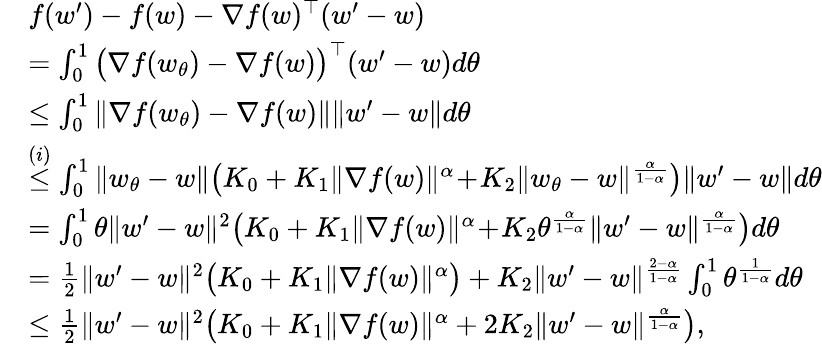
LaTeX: \begin{array}{rl}&{f(w^{\prime})-f(w)-\nabla f(w)^{\top}(w^{\prime}-w)}\\ &{=\int_{0}^{1}\big(\nabla f(w_{\theta})-\nabla f(w)\big)^{\top}(w^{\prime}-w)d\theta}\\ &{\le\int_{0}^{1}\| \nabla f(w_{\theta})-\nabla f(w)\| \| w^{\prime}-w\| d\theta}\\ &{\overset{(i)}{\le}\int_{0}^{1}\| w_{\theta}-w\| \big(K_{0}+K_{1}\| \nabla f(w)\| ^{\alpha}\! +\! K_{2}\| w_{\theta}-w\| ^{\frac{\alpha}{1-\alpha}}\big)\| w^{\prime}-w\| d\theta}\\ &{=\int_{0}^{1}\theta\| w^{\prime}-w\| ^{2}\big(K_{0}+K_{1}\| \nabla f(w)\| ^{\alpha}\! +\! K_{2}\theta^{\frac{\alpha}{1-\alpha}}\| w^{\prime}-w\| ^{\frac{\alpha}{1-\alpha}}\big)d\theta}\\ &{=\frac{1}{2}\| w^{\prime}-w\| ^{2}\big(K_{0}+K_{1}\| \nabla f(w)\| ^{\alpha}\big)+K_{2}\| w^{\prime}-w\| ^{\frac{2-\alpha}{1-\alpha}}\int_{0}^{1}\theta^{\frac{1}{1-\alpha}}d\theta}\\ &{\le\frac{1}{2}\| w^{\prime}-w\| ^{2}\big(K_{0}+K_{1}\| \nabla f(w)\| ^{\alpha}+2K_{2}\| w^{\prime}-w\| ^{\frac{\alpha}{1-\alpha}}\big),}\end{array}